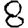
Digit: 8